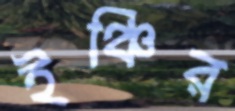
ইঞ্চির